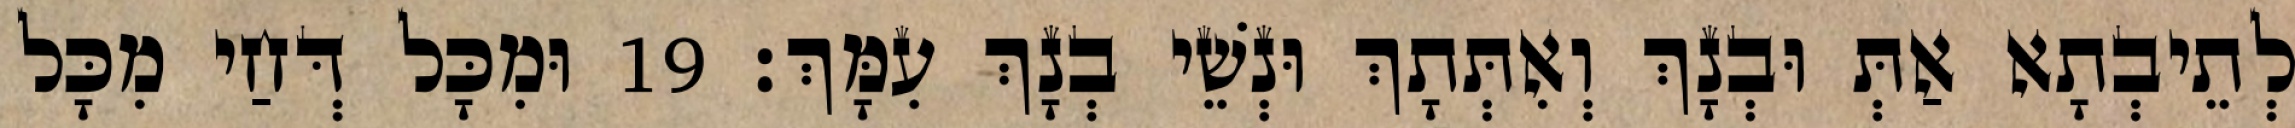
לְתֵיבְתָא אַתְּ וּבְנָךְ וְאִתְּתָךְ וּנְשֵׁי בְנָךְ עִמָּךְ׃ 19 וּמִכָּל דְּחַי מִכָּל